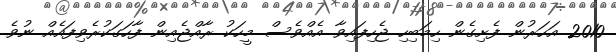
2010 އަހަރުން ފެށިގެން ހިމަބިހި ޖެހިފައިވާ އެއްވެސް މީހަކު ރާއްޖެއިން ފާހަގަކުރެވިފައެއް ނުވެ